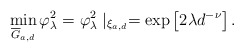
\begin{align*}\min_{\overline{G}_{a,d}}\varphi _{\lambda }^{2}=\varphi _{\lambda }^{2}\mid_{\xi _{a,d}}=\exp \left[ 2\lambda d^{-\nu }\right] . \end{align*}